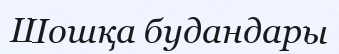
Шошқа будандары